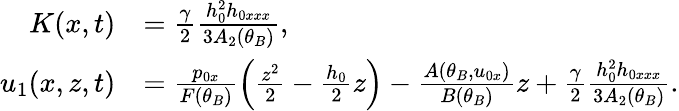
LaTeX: \begin{array}{rl}{K(x,t)}&{=\frac{\gamma}{2}\frac{h_{0}^{2}h_{0xxx}}{3A_{2}(\theta_{B})},}\\ {u_{1}(x,z,t)}&{=\frac{p_{0x}}{F(\theta_{B})}\left(\frac{z^{2}}{2}-\frac{h_{0}}{2}z\right)-\frac{A(\theta_{B},u_{0x})}{B(\theta_{B})}z+\frac{\gamma}{2}\frac{h_{0}^{2}h_{0xxx}}{3A_{2}(\theta_{B})}.}\end{array}